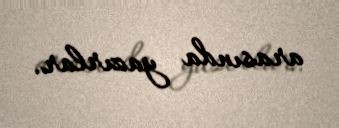
arasında yazırlar.